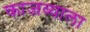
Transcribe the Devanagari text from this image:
काजव्याला